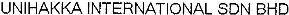
UNIHAKKA INTERNATIONAL SDN BHD